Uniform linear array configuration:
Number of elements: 12
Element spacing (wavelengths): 0.75
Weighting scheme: blackman
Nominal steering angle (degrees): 45
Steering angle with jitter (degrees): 43.926
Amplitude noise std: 0.05
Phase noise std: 0.05

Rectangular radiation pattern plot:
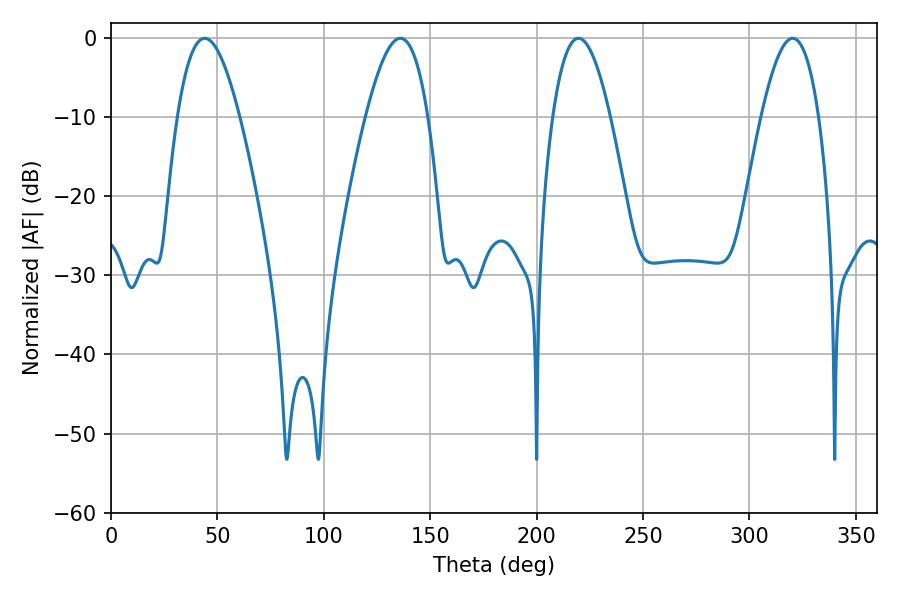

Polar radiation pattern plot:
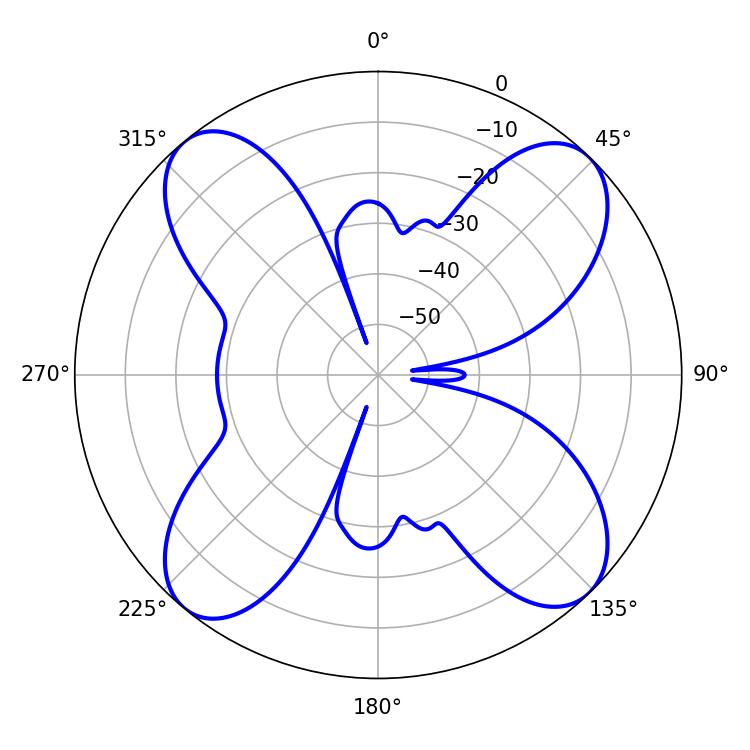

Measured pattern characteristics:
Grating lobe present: TRUE
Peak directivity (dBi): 15.12
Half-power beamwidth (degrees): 14.76
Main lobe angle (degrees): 219.6